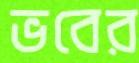
ভবের